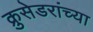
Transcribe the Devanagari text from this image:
क्रुसेडरांच्या